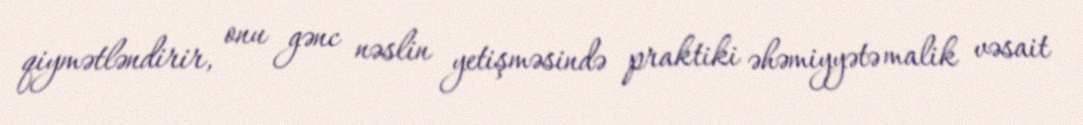
qiymətləndirir, onu gənc nəslin yetişməsində praktiki əhəmiyyətə malik vəsait